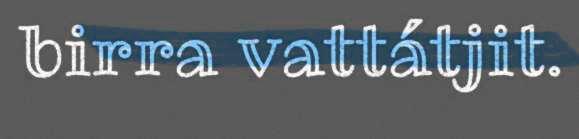
birra vattátjit.